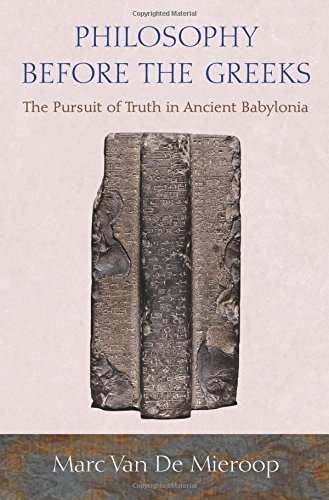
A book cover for Philosophy before the Greeks: The Pursuit of Truth in Ancient Babylonia; Marc Van De Mieroop; History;